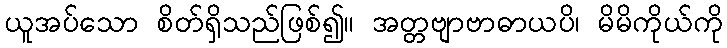
ယူအပ်သော စိတ်ရှိသည်ဖြစ်၍။ အတ္တဗျာဗာဓာယပိ၊ မိမိကိုယ်ကို